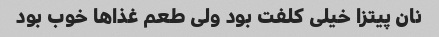
نان پیتزا خیلی کلفت بود ولی طعم غذاها خوب بود